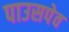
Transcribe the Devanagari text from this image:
पाउसपेव